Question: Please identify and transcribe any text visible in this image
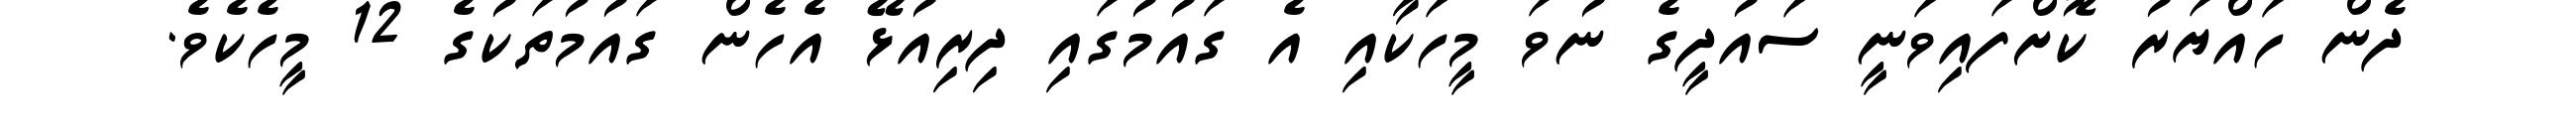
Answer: ދެން ހައްޔަރު ކޮށްފައިވަނީ ސައުދީގެ ނުވަ މީހަކާއި އެ ގައުމުގައި ދިރިއުޅޭ އެހެން ގައުމުތަކުގެ 12 މީހެކެވެ.